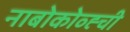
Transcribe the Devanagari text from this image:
नाबोकोव्ह्ची